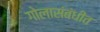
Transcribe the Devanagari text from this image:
गोलासंबंधीत